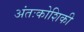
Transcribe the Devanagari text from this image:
अंतःकोशिकी